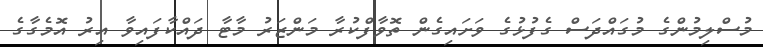
މުސްލިމުންގެ މުގައްދަސް ގެފުޅުގެ ވަށައިގެން ތޮވާފްކުރާ މަންޒަރު މާޓާ ދައްކާފައިވާ އިރު އޮމެގާގެ